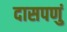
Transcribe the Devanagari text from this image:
दासपणुं